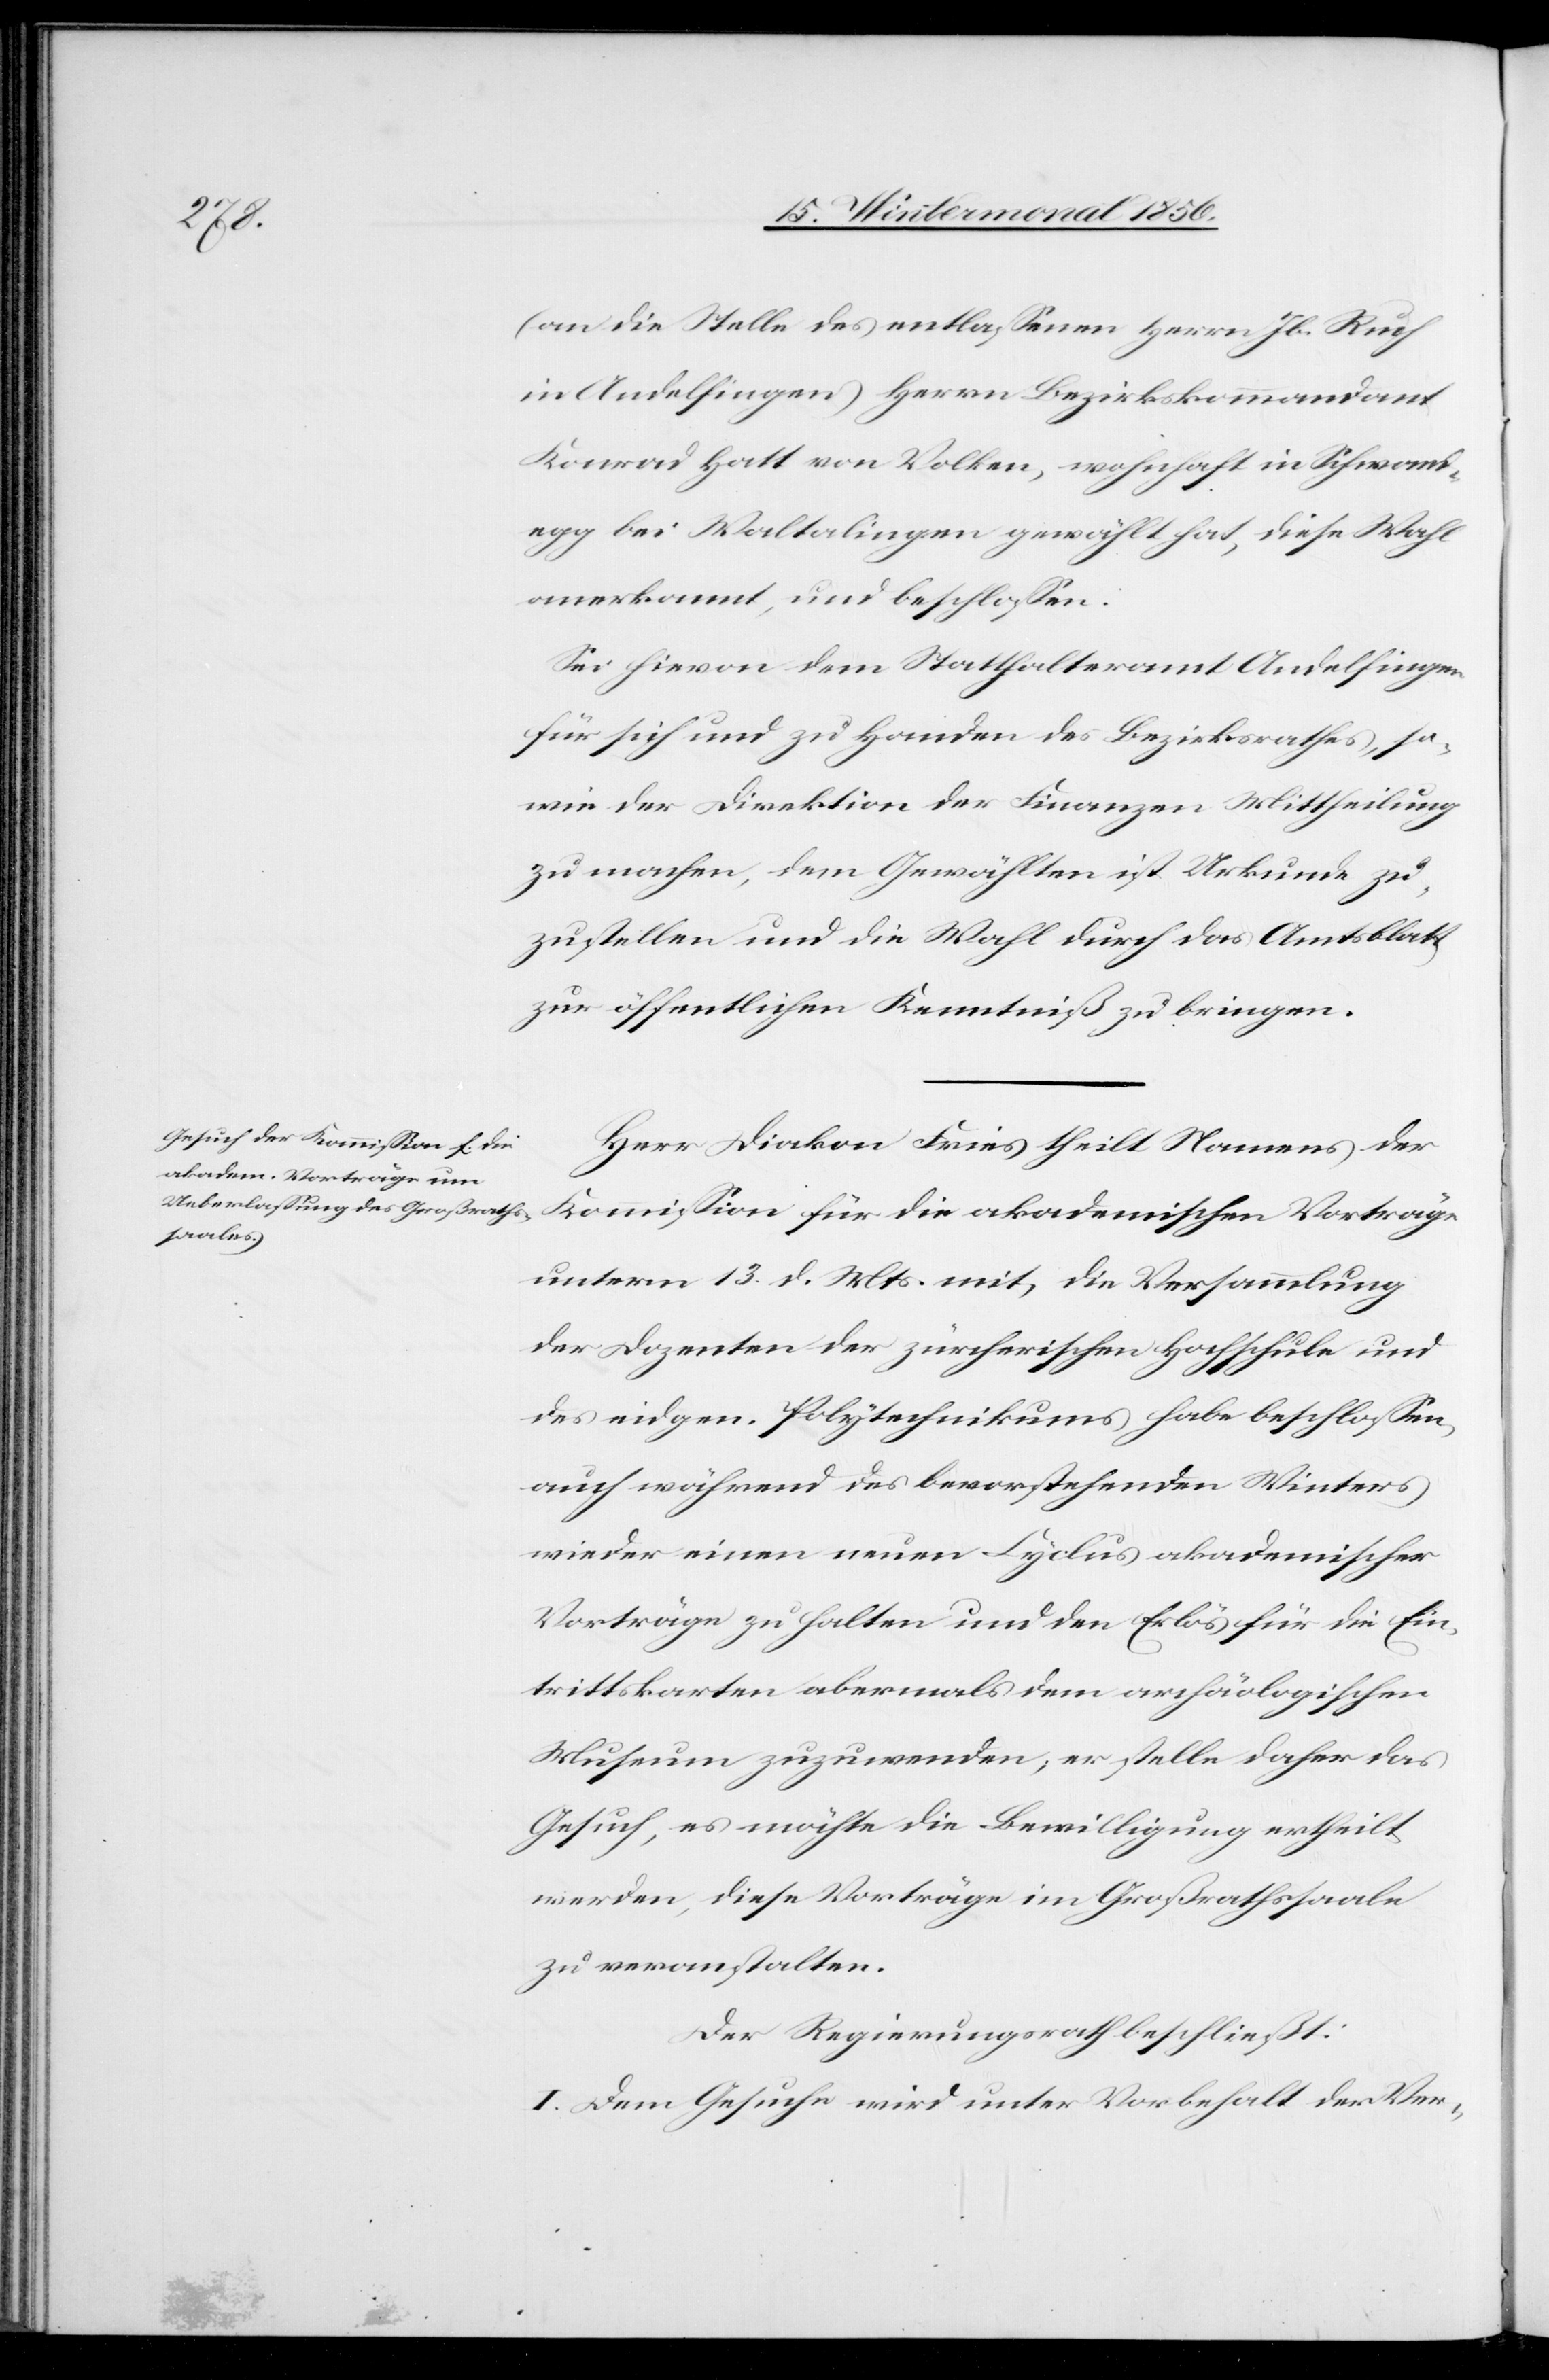
(an die Stelle des entlassenen Herrn Jb. Ruch
in Andelfingen) Herrn Bezirkskommandant
Konrad Hatt von Volken, wohnhaft in Schwand¬
egg bei Waltalingen gewählt hat, diese Wal
anerkannt, und beschlossen:
Sei hievon dem Statthalteramt Andelfingen
für sich und zu Handen des Bezirksrathes, so¬
wie der Direktion der Finanzen, Mittheilung
zu machen, dem Gewählten ist Urkunde zu¬
zustellen und die Wahl durch das Amtsblatt
zur öffentlichen Kenntniß zu bringen.
Herr Diakon Fries theilt Namens der
Kommission für die akademischen Vorträge
unterm 13. d. Mts. mit, die Versammlung
der Dozenten der zürcherischen Hochschule und
des eidgen. Polytechnikums habe beschlossen,
auch während des bevorstehenden Winters
wieder einen neuen Cyclus akademischer
Vorträge zu halten und den Erlös für die Ein¬
trittskarten abermals dem archäologischen
Museum zuzuwenden; er stelle daher das
Gesuch, es möchte die Bewilligung ertheilt
werden, diese Vorträge im Großrathssaale
zu veranstalten.
Der Regierungsrath beschließt:
I. Dem Gesuche wird unter Vorbehalt der Ver-